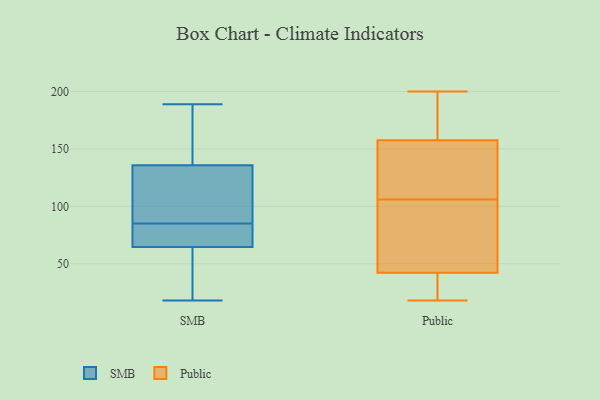
{"axis": {"x": "Shipments", "y": "Value"}, "legend": ["Public", "SMB"], "data": [{"x": "", "y": 119, "type": "SMB"}, {"x": "", "y": 60, "type": "SMB"}, {"x": "", "y": 18, "type": "SMB"}, {"x": "", "y": 49, "type": "SMB"}, {"x": "", "y": 138, "type": "SMB"}, {"x": "", "y": 189, "type": "SMB"}, {"x": "", "y": 85, "type": "SMB"}, {"x": "", "y": 179, "type": "SMB"}, {"x": "", "y": 68, "type": "SMB"}, {"x": "", "y": 66, "type": "SMB"}, {"x": "", "y": 112, "type": "SMB"}, {"x": "", "y": 135, "type": "SMB"}, {"x": "", "y": 78, "type": "SMB"}, {"x": "", "y": 18, "type": "Public"}, {"x": "", "y": 171, "type": "Public"}, {"x": "", "y": 106, "type": "Public"}, {"x": "", "y": 153, "type": "Public"}, {"x": "", "y": 152, "type": "Public"}, {"x": "", "y": 78, "type": "Public"}, {"x": "", "y": 172, "type": "Public"}, {"x": "", "y": 120, "type": "Public"}, {"x": "", "y": 19, "type": "Public"}, {"x": "", "y": 96, "type": "Public"}, {"x": "", "y": 33, "type": "Public"}, {"x": "", "y": 200, "type": "Public"}, {"x": "", "y": 45, "type": "Public"}]}